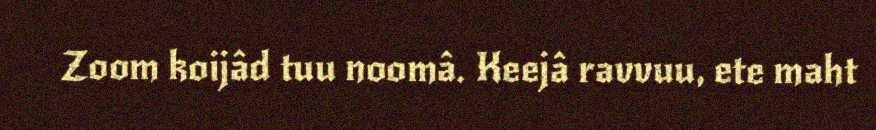
Zoom koijâd tuu noomâ. Keejâ ravvuu, ete maht